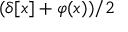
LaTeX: ( \delta [ x ] + \varphi ( x ) ) / 2